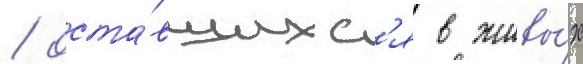
/ оста́вшихс'я в живы́х